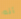
أنه